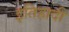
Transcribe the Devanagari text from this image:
इतिहादी